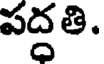
పద్దతి.